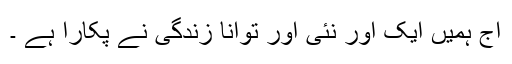
آج ہمیں ایک اور نئی اور توانا زندگی نے پکارا ہے ۔